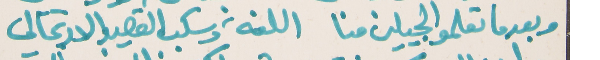
وبعدما تعلمو الجيلين منا   اللغة وسكب القصيد والارتجالي